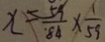
x = \frac { 5 9 } { 8 4 } \times \frac { 1 } { 5 9 }